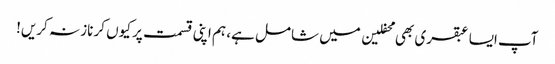
آپ ایسا عبقری بھی محفلین میں شامل ہے، ہم اپنی قسمت پر کیوں کر ناز نہ کریں!